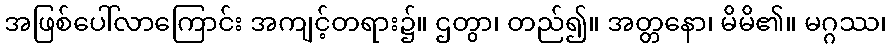
အဖြစ်ပေါ်လာကြောင်း အကျင့်တရား၌။ ဌတွာ၊ တည်၍။ အတ္တနော၊ မိမိ၏။ မဂ္ဂဿ၊